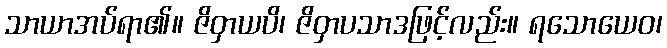
သာယာအပ်ရာ၏။ ဇိဝှာယပိ၊ ဇိဝှာပသာဒဖြင့်လည်း။ ရသောယေဝ၊